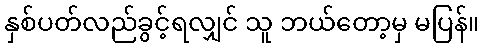
နှစ်ပတ်လည်ခွင့်ရလျှင် သူ ဘယ်တော့မှ မပြန်။